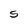
Character: S